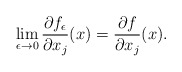
\begin{align*}\lim\limits_{\epsilon\to0}\frac{\partial f_{\epsilon}}{\partial x_j}(x)=\frac{\partial f}{\partial x_j}(x).\end{align*}